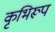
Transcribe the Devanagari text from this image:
कृभिरूप